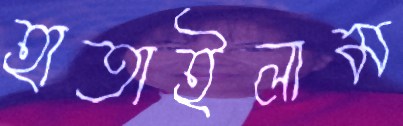
হাতাইলাম